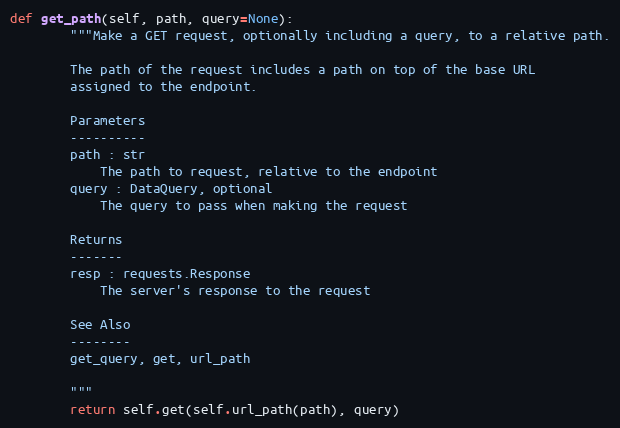
Language: Python
def get_path(self, path, query=None):
        """Make a GET request, optionally including a query, to a relative path.

        The path of the request includes a path on top of the base URL
        assigned to the endpoint.

        Parameters
        ----------
        path : str
            The path to request, relative to the endpoint
        query : DataQuery, optional
            The query to pass when making the request

        Returns
        -------
        resp : requests.Response
            The server's response to the request

        See Also
        --------
        get_query, get, url_path

        """
        return self.get(self.url_path(path), query)